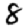
Digit: 8